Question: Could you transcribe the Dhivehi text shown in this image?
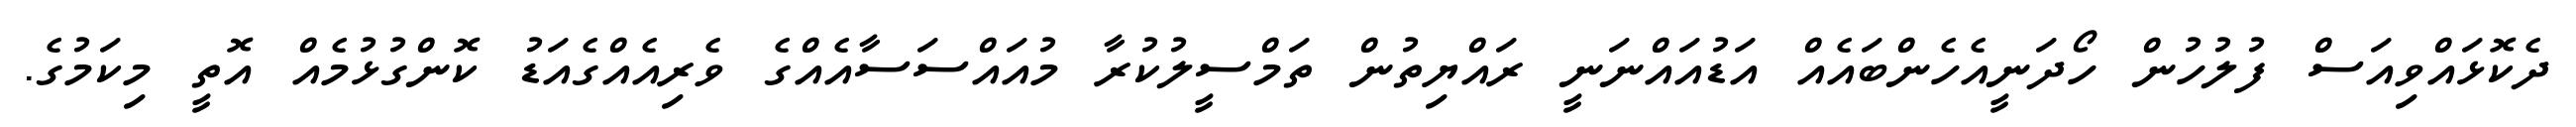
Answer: ދެކޮޅައްވިއަސް ފުލުހުން ހޯދަނީއެހެންބައެއް އަޑުއައްނަނީ ރައްޔިތުން ތަމްސީލުކުރާ މުއައްސަސާއެއްގެ ވެރިއެއްގެއަޑު ކޮންގުޅުމެއް އޮތީ މިކަމުގެ.